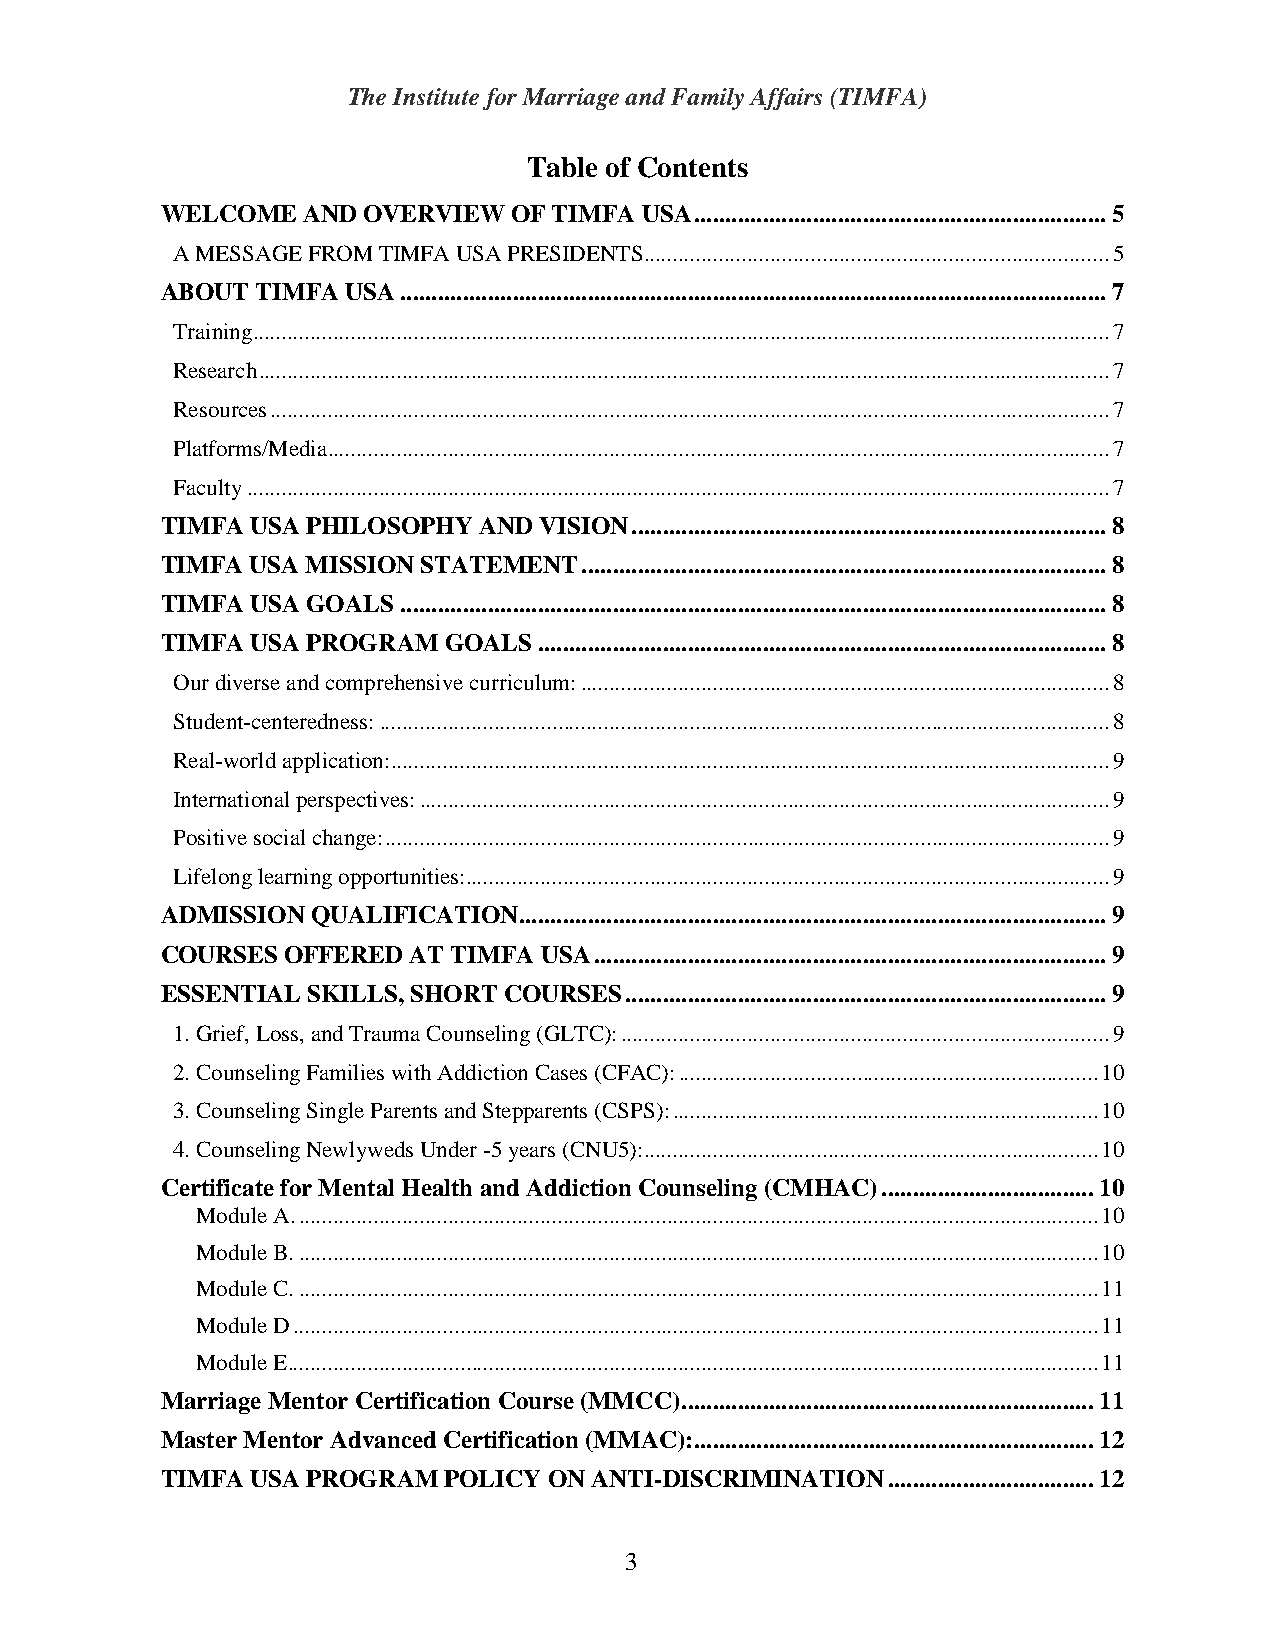
The Institute for Marriage and Family Affairs (TIMFA)
 Table of Contents
 WELCOME  AND OVERVIEW  OF TIMFA USA .................................................................. 5
 A MESSAGE FROM TIMFA USA PRESIDENTS ................................................................................. 5
 ABOUT TIMFA USA ................................................................................................................. 7
 Training ..................................................................................................................................................... 7
 Research .................................................................................................................................................... 7
 Resources .................................................................................................................................................. 7
 Platforms/Media ........................................................................................................................................ 7
 Faculty ...................................................................................................................................................... 7
 TIMFA USA PHILOSOPHY AND VISION ............................................................................ 8
 TIMFA USA MISSION STATEMENT .................................................................................... 8
 TIMFA USA GOALS ................................................................................................................. 8
 TIMFA USA PROGRAM GOALS  ........................................................................................... 8
 Our diverse and comprehensive curriculum: ............................................................................................ 8
 Student-centeredness: ............................................................................................................................... 8
 Real-world application: ............................................................................................................................. 9
 International perspectives: ........................................................................................................................ 9
 Positive social change: .............................................................................................................................. 9
 Lifelong learning opportunities:................................................................................................................ 9
 ADMISSION QUALIFICATION .............................................................................................. 9
 COURSES OFFERED AT TIMFA USA .................................................................................. 9
 ESSENTIAL SKILLS, SHORT COURSES ............................................................................. 9
 1. Grief, Loss, and Trauma Counseling (GLTC): ..................................................................................... 9
 2. Counseling Families with Addiction Cases (CFAC): ......................................................................... 10
 3. Counseling Single Parents and Stepparents (CSPS): .......................................................................... 10
 4. Counseling Newlyweds Under -5 years (CNU5): ............................................................................... 10
 Certificate for Mental Health and Addiction Counseling (CMHAC) .................................. 10
 Module A. ........................................................................................................................................... 10
 Module B. ........................................................................................................................................... 10
 Module C. ........................................................................................................................................... 11
 Module D ............................................................................................................................................ 11
 Module E ............................................................................................................................................. 11
 Marriage Mentor Certification Course (MMCC) .................................................................. 11
 Master Mentor Advanced Certification (MMAC):................................................................ 12
 TIMFA USA PROGRAM POLICY ON ANTI-DISCRIMINATION ................................. 12
 3